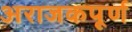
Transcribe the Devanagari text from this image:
अराजकपूर्ण